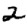
Digit: 2